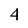
Character: 4